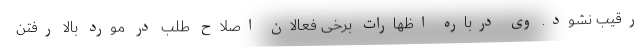
رقیب نشود. وی درباره اظهارات برخی فعالان اصلاح طلب در مورد بالا رفتن